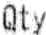
QTY